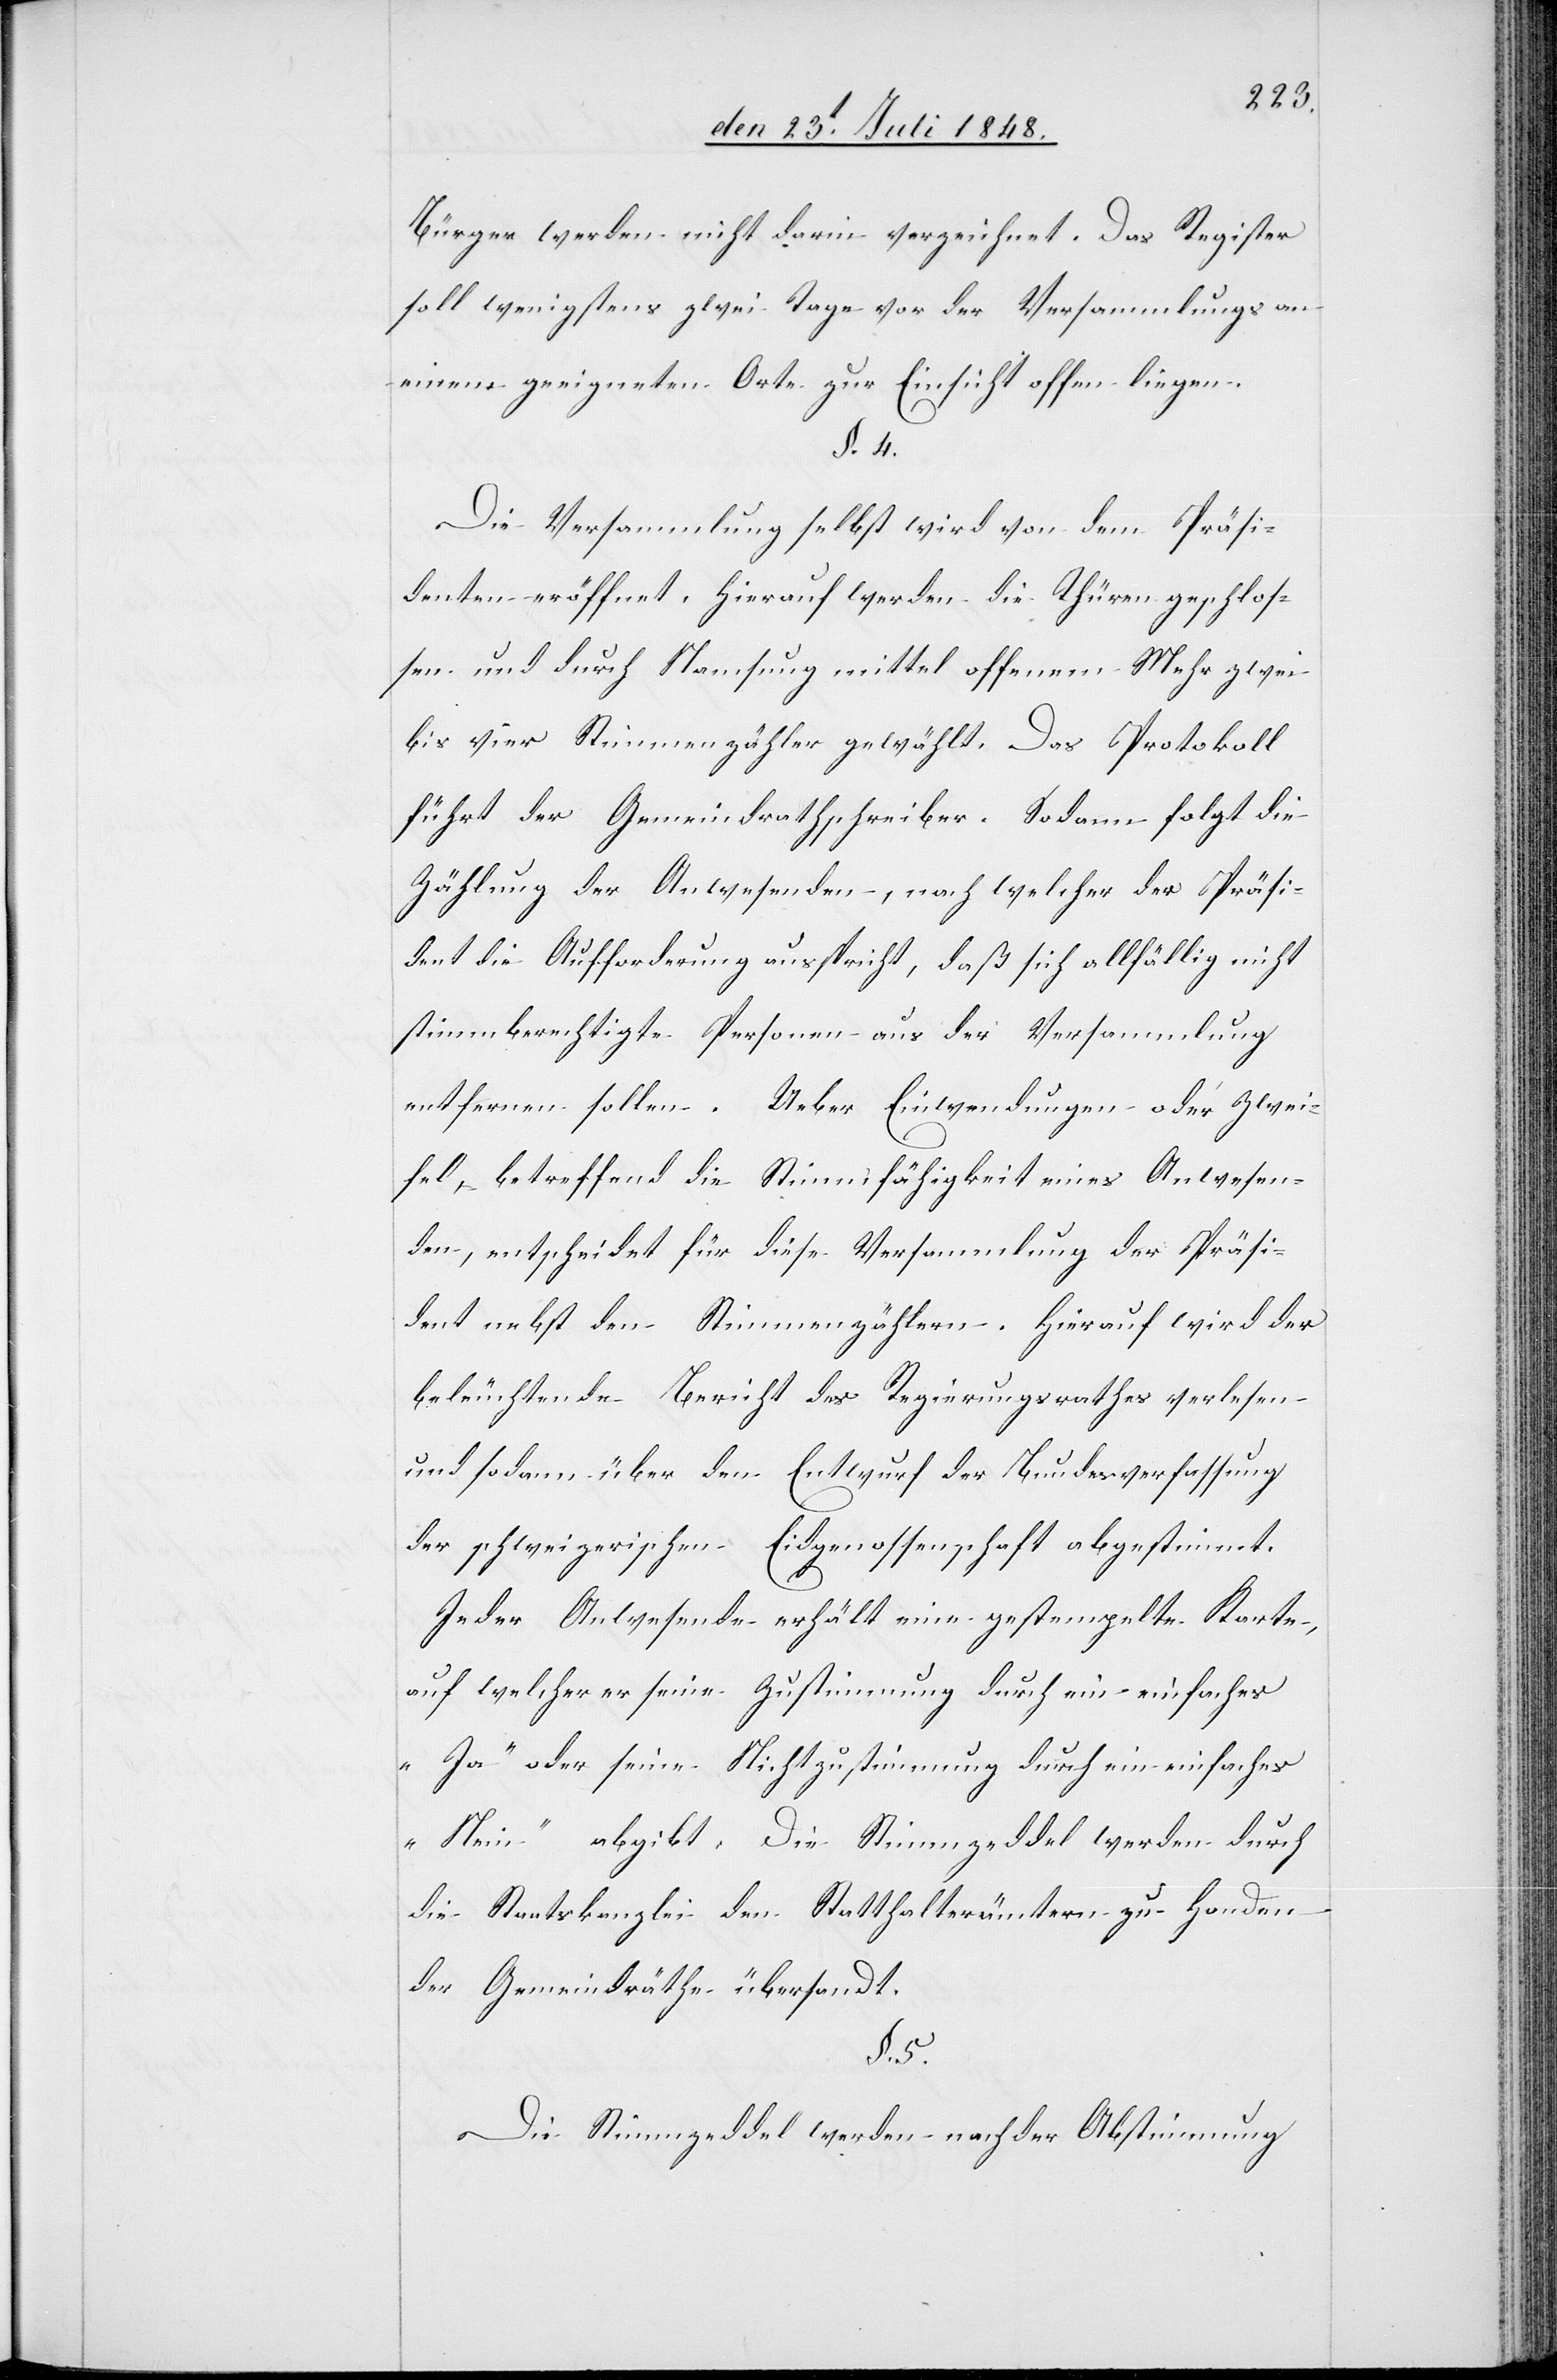
Bürger werden nicht darin verzeichnet. Das Register
soll wenigstens zwei Tage vor der Versammlungs
einem geeigneten Orte zur Einsicht offen liegen.
§. 5.
Die Versammlung selbst wird von dem Präsi¬
denten eröffnet. Hierauf werden die Thüren geschlos¬
sen und durch Namsung mittel offenem Mehr zwei
bis vier Stimmenzähler gewählt. Das Protokoll
führt der Gemeindrathschreiber. Sodann folgt die
Zählung der Anwesenden, nach welcher der Präsi¬
dent die Aufforderung ausspricht, daß sich allfällig nicht
stimmberechtigte Personen aus der Versammlung
entfernen sollen. Ueber Einwendungen oder Zwei¬
fel, betreffend die Stimmfähigkeit eines Anwesen¬
den, entscheidet für diese Versammlung der Präsi¬
dent nebst den Stimmenzählern. Hierauf wird der
beleuchtende Bericht des Regierungsrathes verlesen
und sodann über den Entwurf der Bundesverfassung
der schweizerischen Eidgenossenschaft abgestimmt.
Jeder Anwesende erhält eine gestempelte Karte,
auf welcher er seine Zustimmung durch ein einfaches
„Ja“ oder seine Nichtzustimmung durch ein einfaches
„Nein“ abgibt. Die Stimmzeddel werden durch
die Staatskanzlei den Statthalterämtern zu Handen
der Gemeindräthe übersandt.
Die Stimmzeddel werden nach der Abstimmung